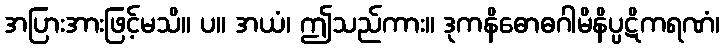
အပြားအားဖြင့်မသိ။ ပ။ အယံ၊ ဤသည်ကား။ ဒုကနိဓောဓဂါမိနိပ္ပဋိကရဏံ၊